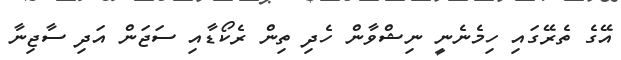
އޭގެ ތެރޭގައި ހިމެނެނީ ނިޝްވާން ހެދި ތިން ރެކޯޑާއި ސަޖަން އަދި ސާޖިނާ